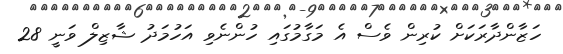
ހަޒާންދާރަކަށް ކުރިން ވެސް އެ މަގާމުގައި ހުންނެވި އަހުމަދު ޝާޒިލް ވަނީ 28